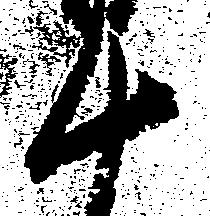
十